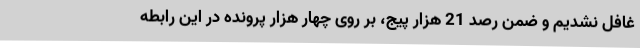
غافل نشدیم و ضمن رصد 21 هزار پیج، بر روی چهار هزار پرونده در این رابطه